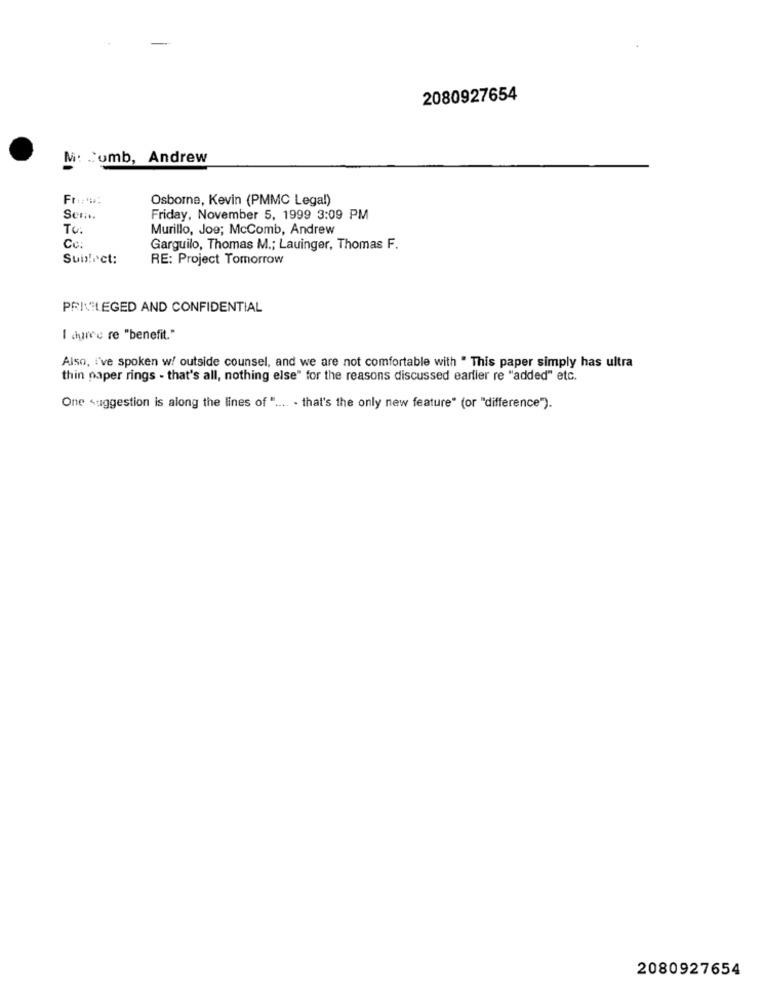
2080927654
M: Cumb, Andrew
Fri ****
Osborne, Kevin (PMMC Legal)
Sen ...
Friday, November 5, 1999 3:09 PM
To:
Murillo, Joe; McComb, Andrew
Cc
Garguilo, Thomas M .; Lauinger, Thomas F.
Suitect:
RE: Project Tomorrow
PRIVILEGED AND CONFIDENTIAL
I duree re "benefit."
Also, i've spoken w! outside counsel, and we are not comfortable with " This paper simply has ultra
thin paper rings - that's all, nothing else" for the reasons discussed earlier re "added" etc.
One suggestion is along the lines of " .... . that's the only new feature" (or "difference").
2080927654